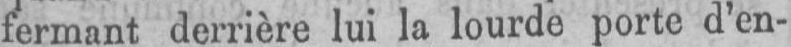
fermant derrière lui la lourde porte d’en-